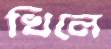
খিলে